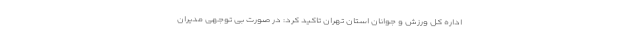
اداره کل ورزش و جوانان استان تهران تاکید کرد: در صورت بی توجهی مدیران